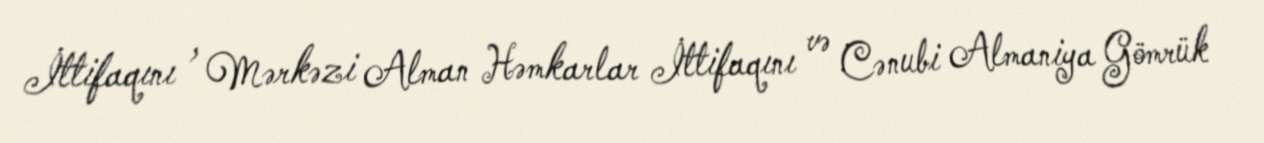
İttifaqını , Mərkəzi Alman Həmkarlar İttifaqını və Cənubi Almaniya Gömrük